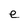
Character: e